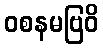
ဝစနမဗြဝိ